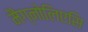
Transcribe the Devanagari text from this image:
मैग्नोलिएसि